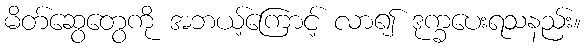
မိတ်ဆွေတွေကို အဘယ့်ကြောင့် လာ၍ ဒုက္ခပေးရသနည်း။